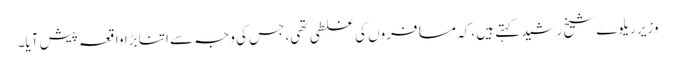
وزیر ریلوے شیخ رشید کہتے ہیں، کہ مسافروں کی غلطی تھی، جس کی وجہ سے اتنا بڑا واقعہ پیش آیا۔